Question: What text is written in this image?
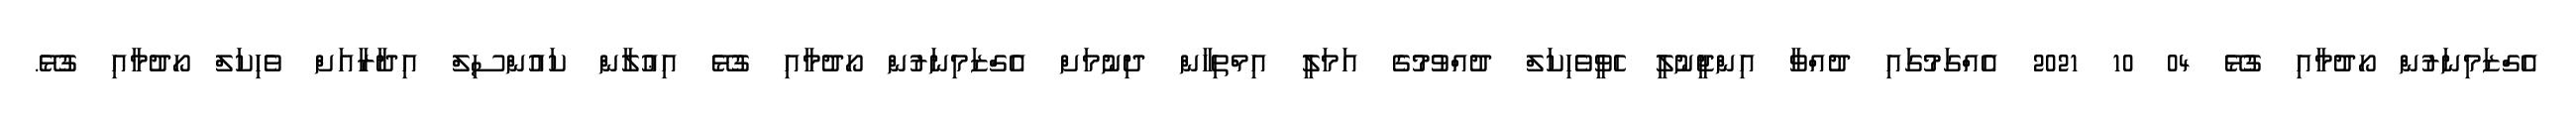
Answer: އެގްޒަމިނަރުން ހޯދުމާއި ގުޅޭ 04 10 2021 އެއްގަމުގައި ދުއްވާ އިންޖީނުލީ ހެވީވެހިކަލް ދުއްވުމުގެ އަމަލީ އިމްތިހާން ދިނުމަށް އެގްޒަމިނަރުން ހޯދުމާއި ގުޅޭ އިޢުލާން ކައުންސިލް އިދާރާއަށް ވެހިކަލް ހޯދުމާއި ގުޅޭ.